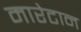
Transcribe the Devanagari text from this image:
मारेटान